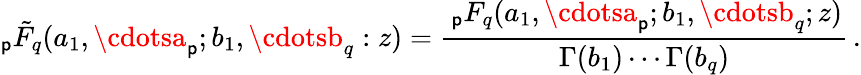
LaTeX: _\mathsf{p}\tilde{{F}}_{q}(a_{1},\cdotsa_{\mathsf{p}};b_{1},\cdotsb_{q}:z)=\frac{{\, _{\mathsf{p}}F_{q}(a_{1},\cdotsa_{\mathsf{p}};b_{1},\cdotsb_{q};z)}}{{\Gamma(b_{1})\cdots\Gamma(b_{q})}}\, .